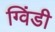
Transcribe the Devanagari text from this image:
ग्विंडी